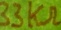
Text: 3sKΩ